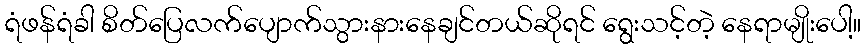
ရံဖန်ရံခါ စိတ်ပြေလက်ပျောက်သွားနားနေချင်တယ်ဆိုရင် ရွေးသင့်တဲ့ နေရာမျိုးပေါ့။